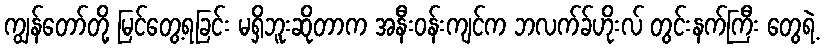
ကျွန်တော်တို့ မြင်တွေ့ရခြင်း မရှိဘူးဆိုတာက အနီးဝန်းကျင်က ဘလက်ခ်ဟိုးလ် တွင်းနက်ကြီး တွေရဲ့